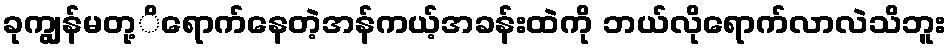
ခုကျွန်မတု့ိရောက်နေတဲ့အန်ကယ့်အခန်းထဲကို ဘယ်လိုရောက်လာလဲသိဘူး